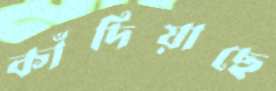
কাঁদিয়াছে